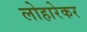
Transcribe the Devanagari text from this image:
लोहारेकर